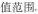
值范围.